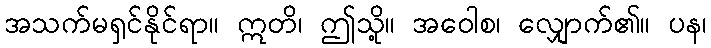
အသက်မရှင်နိုင်ရာ။ ဣတိ၊ ဤသို့။ အဝေါစ၊ လျှောက်၏။ ပန၊